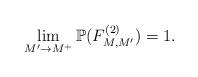
LaTeX: \begin{align*} \lim_{M' \to M^+} \mathbb{P}( F^{(2)}_{M,M'} )=1.\end{align*}